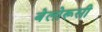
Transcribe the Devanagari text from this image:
बेलोरूसी